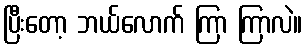
ပြီးတော့ ဘယ်လောက် ကြာ ကြာလဲ။